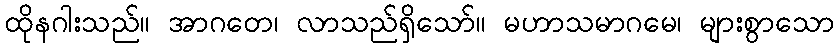
ထိုနဂါးသည်။ အာဂတေ၊ လာသည်ရှိသော်။ မဟာသမာဂမေ၊ များစွာသော